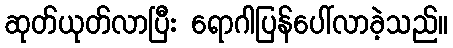
ဆုတ်ယုတ်လာပြီး ရောဂါပြန်ပေါ်လာခဲ့သည်။